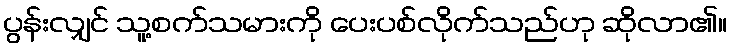
ပွန်းလျှင် သူ့စက်သမားကို ပေးပစ်လိုက်သည်ဟု ဆိုလာ၏။